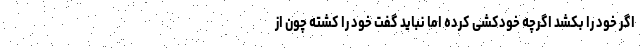
اگر خود را بکشد اگرچه خودکشی کرده اما نباید گفت خود را کشته چون از